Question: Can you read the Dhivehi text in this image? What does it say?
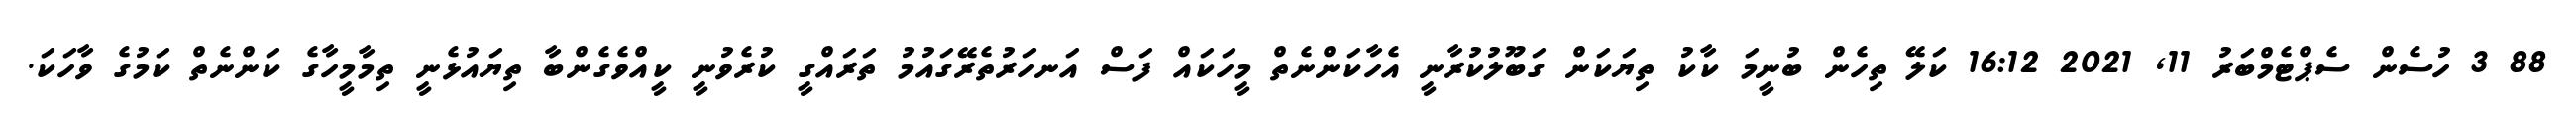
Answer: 88 3 ހުސެން ސެޕްޓެމްބަރު 11, 2021 16:12 ކަލޭ ތިހެން ބުނީމަ ކާކު ތިޔަކަން ގަބޫލުކުރާނީ އެހާކަންނެތް މީހަކައް ފަސް އަނހަރުތެރޭގައުމު ތަރައްގީ ކުރެވުނީ ކީއްވެގެންބާ ތިޔައުޅެނީ ތިމާމީހާގެ ކަންނެތް ކަމުގެ ވާހަކަ.